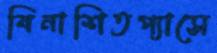
বিনাশিতপ্যাসে